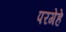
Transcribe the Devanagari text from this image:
परगेहे